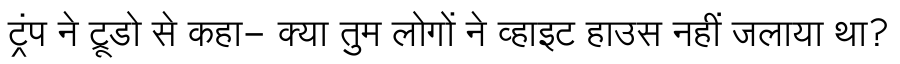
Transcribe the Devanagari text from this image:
ट्रंप ने ट्रूडो से कहा- क्या तुम लोगों ने व्हाइट हाउस नहीं जलाया था?